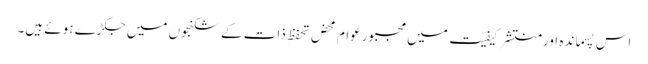
اس پسماندہ اورمنتشر کیفیت میں مجبورعوام محض تحفظِ ذات کے شکنجوں میں جکڑے ہوئے ہیں۔